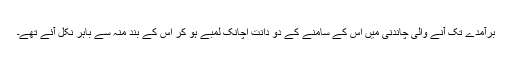
برآمدے تک آنے والی چاندنی میں اس کے سامنے کے دو دانت اچانک لمبے ہو کر اس کے بند منہ سے باہر نکل آئے تھے۔